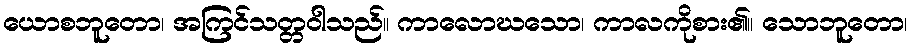
ယောစဘူတော၊ အကြင်သတ္တဝါသည်။ ကာလောဃသော၊ ကာလကိုစား၏။ သောဘူတော၊